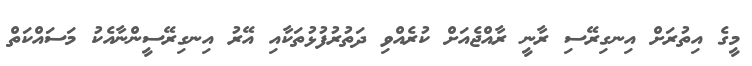
މީގެ އިތުރަށް އިނގިރޭސި ރާނީ ރާއްޖެއަށް ކުރެއްވި ދަތުރުފުޅުތަކާއި އޭރު އިނގިރޭސީންނާއެކު މަސައްކަތް